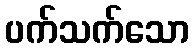
ပက်သက်သော